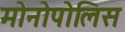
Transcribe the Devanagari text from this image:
मोनोपोलिस